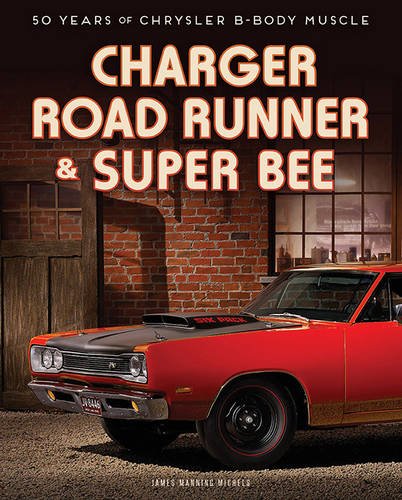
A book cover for Charger, Road Runner & Super Bee: 50 Years of Chrysler B-Body Muscle; James Manning Michels; Engineering & Transportation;